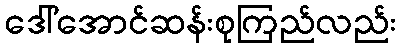
ဒေါ်အောင်ဆန်းစုကြည်လည်း